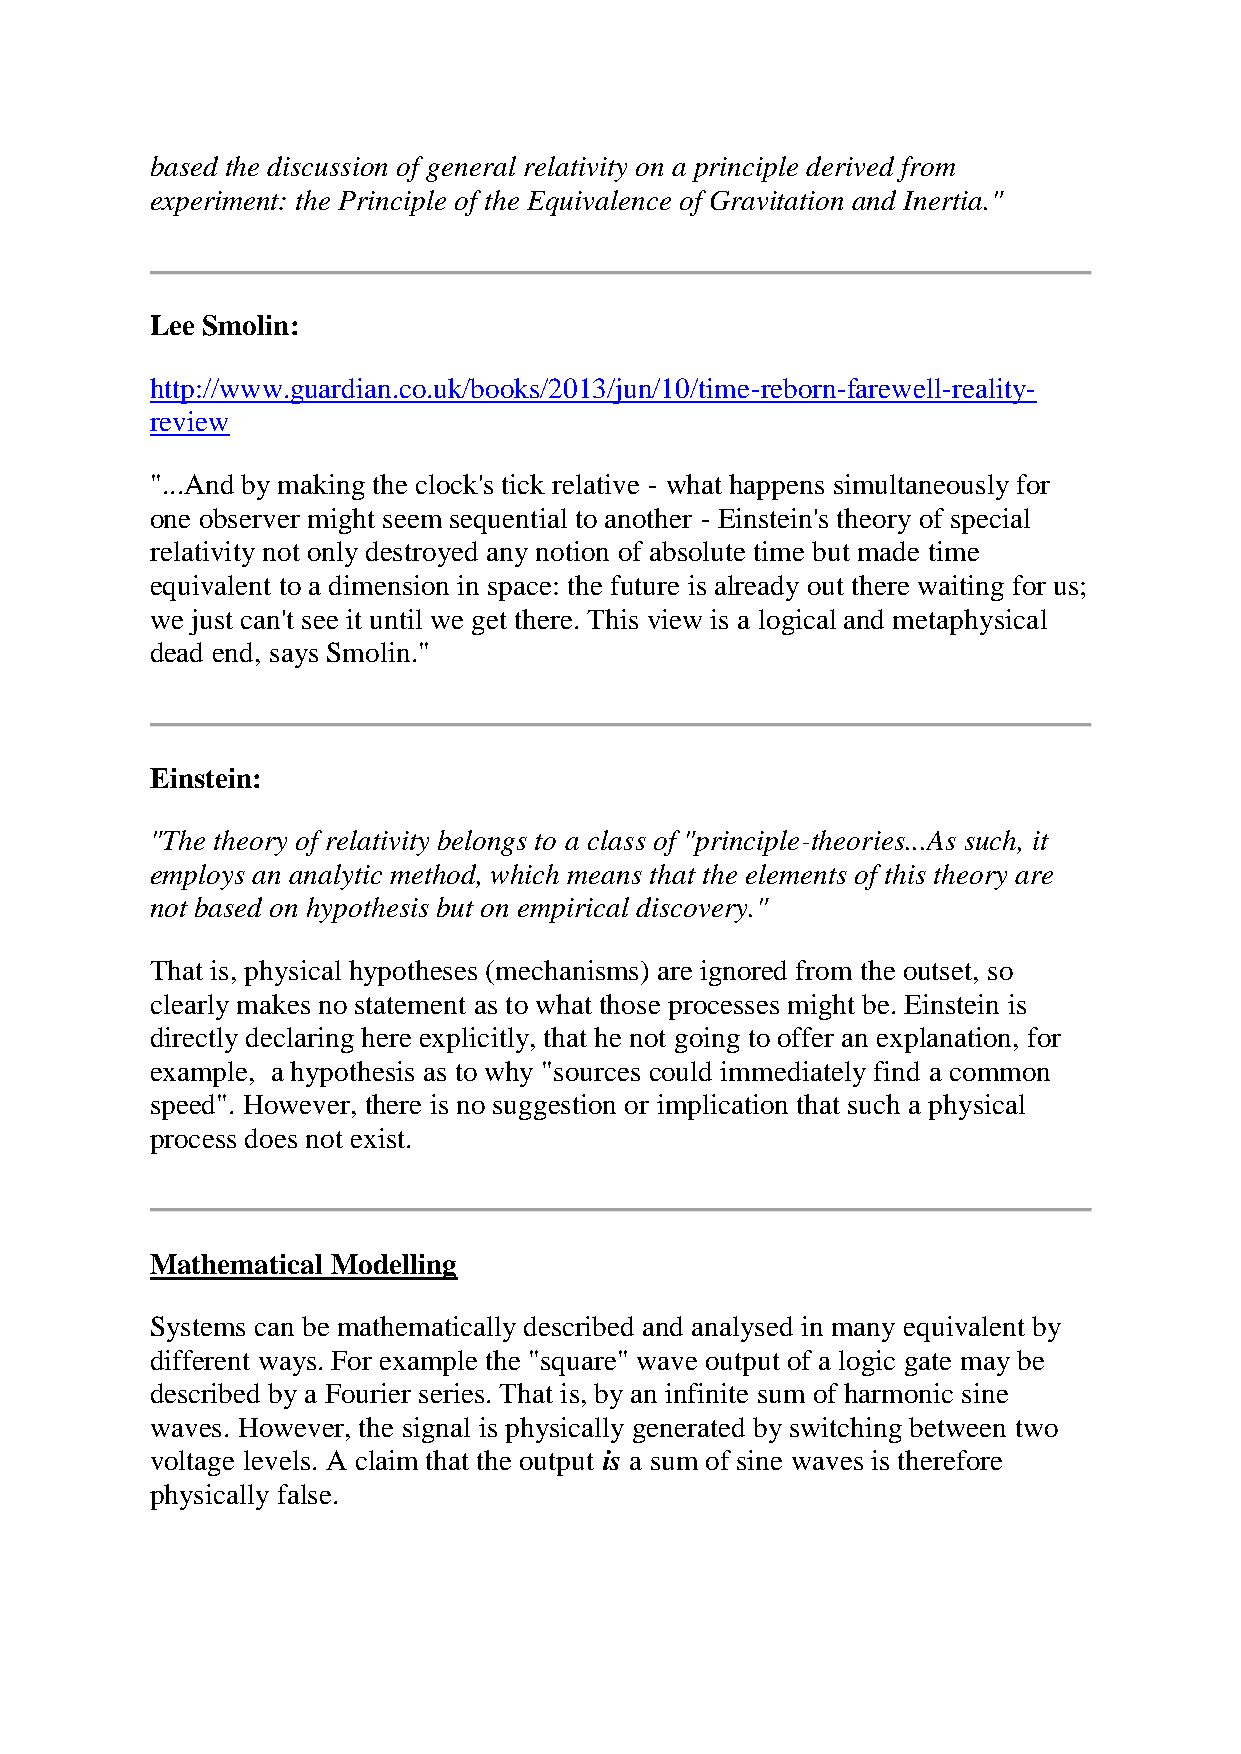
based the discussion of general relativity on a principle derived from
 experiment: the Principle of the Equivalence of Gravitation and Inertia."
 Lee Smolin:
 http://www.guardian.co.uk/books/2013/jun/10/time-reborn-farewell-reality-
 review
 "...And by making the clock's tick relative - what happens simultaneously for
 one observer might seem sequential to another - Einstein's theory of special
 relativity not only destroyed any notion of absolute time but made time
 equivalent to a dimension in space: the future is already out there waiting for us;
 we just can't see it until we get there. This view is a logical and metaphysical
 dead end, says Smolin."
 Einstein:
 "The theory of relativity belongs to a class of "principle-theories...As such, it
 employs an analytic method, which means that the elements of this theory are
 not based on hypothesis but on empirical discovery."
 That is, physical hypotheses (mechanisms) are ignored from the outset, so
 clearly makes no statement as to what those processes might be. Einstein is
 directly declaring here explicitly, that he not going to offer an explanation, for
 example, a hypothesis as to why "sources could immediately find a common
 speed". However, there is no suggestion or implication that such a physical
 process does not exist.
 Mathematical Modelling
 Systems can be mathematically described and analysed in many equivalent by
 different ways. For example the "square" wave output of a logic gate may be
 described by a Fourier series. That is, by an infinite sum of harmonic sine
 waves. However, the signal is physically generated by switching between two
 voltage levels. A claim that the output is a sum of sine waves is therefore
 physically false.